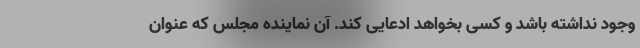
وجود نداشته باشد و کسی بخواهد ادعایی کند. آن نماینده مجلس که عنوان